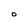
Character: O